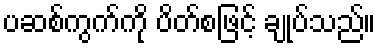
ပဆစ်ကွက်ကို ပိတ်စဖြင့် ချုပ်သည်။